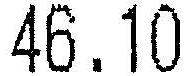
46.10